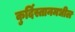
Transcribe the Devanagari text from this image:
कुर्दिस्तानमधील